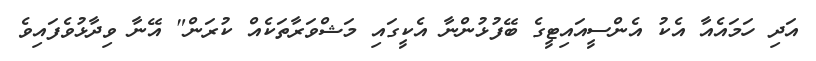
އަދި ހަމައެއާ އެކު އެންސީއައިޓީގެ ބޭފުޅުންނާ އެކީގައި މަޝްވަރާތަކެއް ކުރަން" އޭނާ ވިދާޅުވެފައިވެ